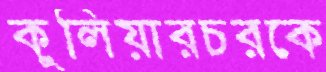
কুলিয়ারচরকে